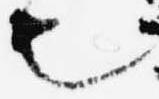
也